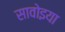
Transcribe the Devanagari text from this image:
सावोइया